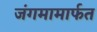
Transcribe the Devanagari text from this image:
जंगमामार्फत